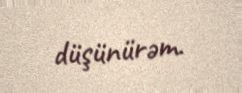
düşünürəm.